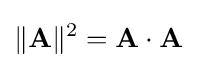
\|\mathbf {A} \|^{2}=\mathbf {A\cdot A}